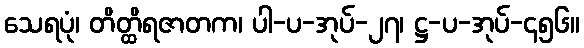
သေရပုံ၊ တိတ္ထိရဇာတက၊ ပါ-ပ-အုပ်-၂၇၊ ဋ္ဌ-ပ-အုပ်-၄၅၆။